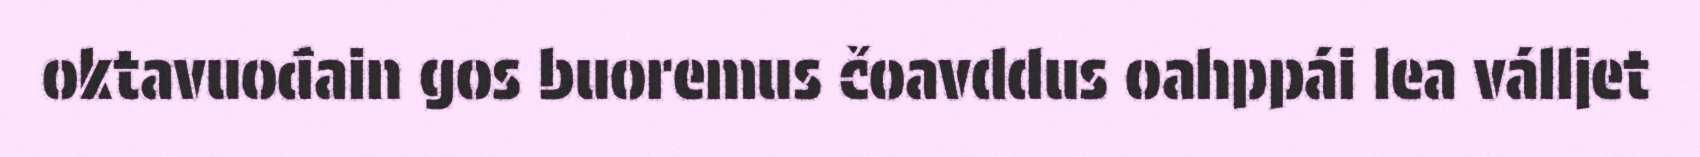
oktavuođain gos buoremus čoavddus oahppái lea válljet